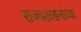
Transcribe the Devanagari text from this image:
राज्यशासनांच्या